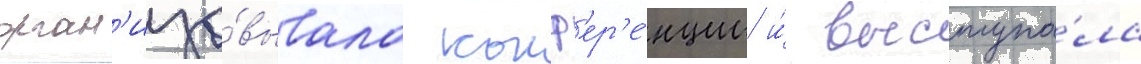
орган'изо́вывала конф'ер'е́нции и́ выступа́ла